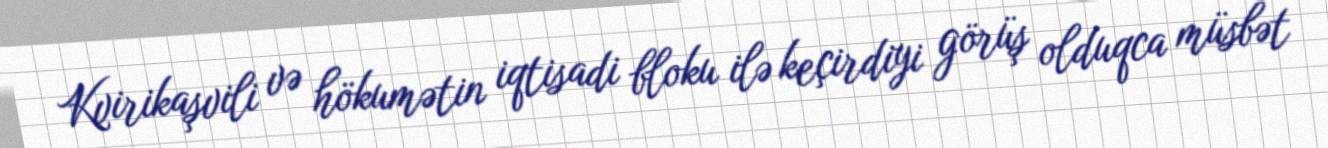
Kvirikaşvili və hökumətin iqtisadi bloku ilə keçirdiyi görüş olduqca müsbət